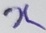
Text: X